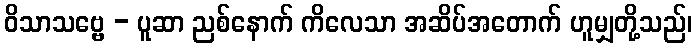
ဝိသာသဗ္ဗေ - ပူဆာ ညစ်နောက် ကိလေသာ အဆိပ်အတောက် ဟူမျှတို့သည်၊